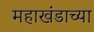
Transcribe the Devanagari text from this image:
महाखंडाच्या